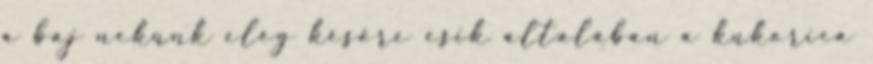
a baj nekünk elég későre esik általában a kukorica